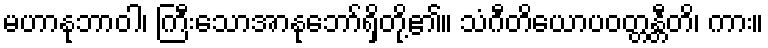
မဟာနုဘာဝါ၊ ကြီးသောအာနုဘော်ရှိတို့၏။ သံဂီတိယောပဝတ္တန္တီတိ၊ ကား။